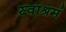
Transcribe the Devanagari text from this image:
स्वाश्रमं